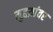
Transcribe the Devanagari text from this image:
मुद्दय़ांवर